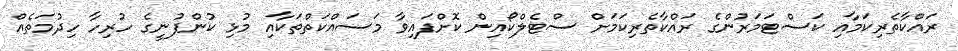
ރައްކާތެރިކަމާއި ކަސްޓަމަރުންގެ ރައްކާތެރިކަމަށް ސްޓެލްކޯއިން ކޮށްފައިވާ މަސައްކަތްތަކާއި މުޅި ކުންފުނީގެ ހުރިހާ ހިދުމަތެއް